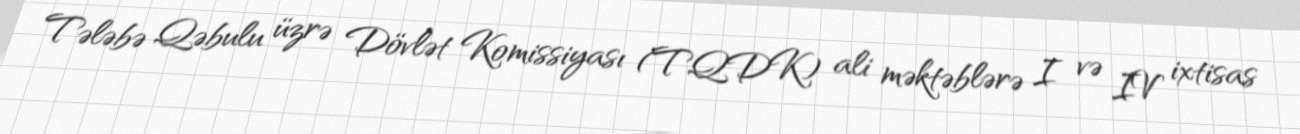
Tələbə Qəbulu üzrə Dövlət Komissiyası (TQDK) ali məktəblərə I və IV ixtisas